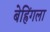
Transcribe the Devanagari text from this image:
बेह्रिंगला